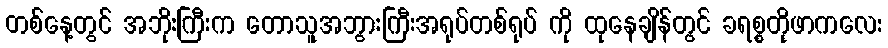
တစ်နေ့တွင် အဘိုးကြီးက တောသူအဘွားကြီးအရုပ်တစ်ရုပ် ကို ထုနေချိန်တွင် ခရစ္စတိုဖာကလေး